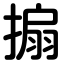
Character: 搧